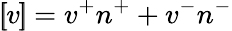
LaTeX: \left[\! \! \left[v\right]\! \! \right]=v^{+}n^{+}+v^{-}n^{-}